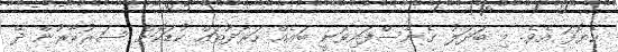
ހެޔޮފަ އެވެ. މި ބަދަލު ގެނެސްފައިވަނީ ބައެއް ހަރަދުތައް ކުޑަކޮށް ސަރުކާރުން ދޭ